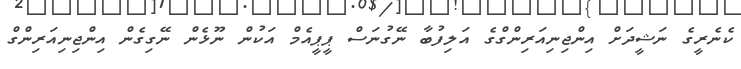
ކެނެރީގެ ނަޝީދަށް އިންޖިނިއަރިންގްގެ އަލިފުބާ ނޭގުނަސް ޕީޕީއެމް އަކުން ނޫޅެން ނޭގިގެން އިންޖިނިއަރިންގް